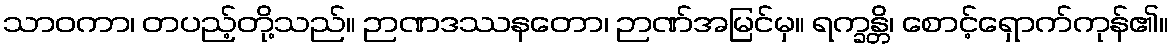
သာဝကာ၊ တပည့်တို့သည်။ ဉာဏဒဿနတော၊ ဉာဏ်အမြင်မှ။ ရက္ခန္တိ၊ စောင့်ရှောက်ကုန်၏။